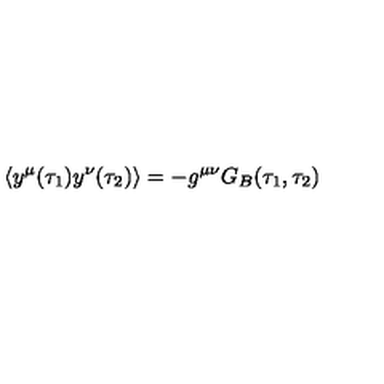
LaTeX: \langle y ^ { \mu } ( \tau _ { 1 } ) y ^ { \nu } ( \tau _ { 2 } ) \rangle = - g ^ { \mu \nu } G _ { B } ( \tau _ { 1 } , \tau _ { 2 } )